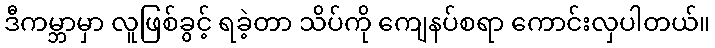
ဒီကမ္ဘာမှာ လူဖြစ်ခွင့် ရခဲ့တာ သိပ်ကို ကျေနပ်စရာ ကောင်းလှပါတယ်။